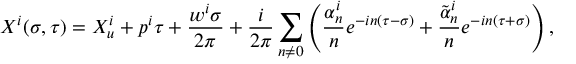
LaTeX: X ^ { i } ( \sigma , \tau ) = X _ { u } ^ { i } + p ^ { i } \tau + \frac { w ^ { i } \sigma } { 2 \pi } + \frac { i } { 2 \pi } \sum _ { n \neq 0 } \left( \frac { \alpha _ { n } ^ { i } } { n } e ^ { - i n ( \tau - \sigma ) } + \frac { { \tilde { \alpha } } _ { n } ^ { i } } { n } e ^ { - i n ( \tau + \sigma ) } \right) ,